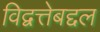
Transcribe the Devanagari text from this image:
विद्वत्तेबद्दल